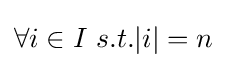
\forall i\in I\ s.t.|i|=n